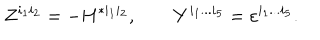
Z ^ { i _ { 1 } i _ { 2 } } = - H ^ { * i _ { 1 } i _ { 2 } } , \qquad Y ^ { i _ { 1 } . . . i _ { 5 } } = \varepsilon ^ { i _ { 1 } . . . i _ { 5 } } .